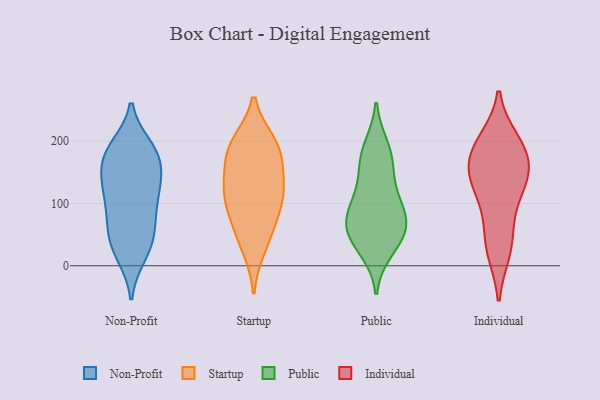
{"axis": {"x": "Conversion Rate (%)", "y": "Value"}, "legend": ["Individual", "Non-Profit", "Public", "Startup"], "data": [{"x": "", "y": 82, "type": "Non-Profit"}, {"x": "", "y": 16, "type": "Non-Profit"}, {"x": "", "y": 122, "type": "Non-Profit"}, {"x": "", "y": 190, "type": "Non-Profit"}, {"x": "", "y": 48, "type": "Non-Profit"}, {"x": "", "y": 74, "type": "Non-Profit"}, {"x": "", "y": 177, "type": "Non-Profit"}, {"x": "", "y": 122, "type": "Non-Profit"}, {"x": "", "y": 191, "type": "Non-Profit"}, {"x": "", "y": 172, "type": "Non-Profit"}, {"x": "", "y": 126, "type": "Non-Profit"}, {"x": "", "y": 113, "type": "Non-Profit"}, {"x": "", "y": 41, "type": "Non-Profit"}, {"x": "", "y": 162, "type": "Non-Profit"}, {"x": "", "y": 189, "type": "Non-Profit"}, {"x": "", "y": 157, "type": "Non-Profit"}, {"x": "", "y": 40, "type": "Non-Profit"}, {"x": "", "y": 137, "type": "Non-Profit"}, {"x": "", "y": 76, "type": "Non-Profit"}, {"x": "", "y": 16, "type": "Non-Profit"}, {"x": "", "y": 196, "type": "Startup"}, {"x": "", "y": 81, "type": "Startup"}, {"x": "", "y": 102, "type": "Startup"}, {"x": "", "y": 120, "type": "Startup"}, {"x": "", "y": 132, "type": "Startup"}, {"x": "", "y": 190, "type": "Startup"}, {"x": "", "y": 123, "type": "Startup"}, {"x": "", "y": 30, "type": "Startup"}, {"x": "", "y": 189, "type": "Startup"}, {"x": "", "y": 55, "type": "Startup"}, {"x": "", "y": 173, "type": "Startup"}, {"x": "", "y": 81, "type": "Public"}, {"x": "", "y": 111, "type": "Public"}, {"x": "", "y": 162, "type": "Public"}, {"x": "", "y": 105, "type": "Public"}, {"x": "", "y": 27, "type": "Public"}, {"x": "", "y": 57, "type": "Public"}, {"x": "", "y": 47, "type": "Public"}, {"x": "", "y": 172, "type": "Public"}, {"x": "", "y": 73, "type": "Public"}, {"x": "", "y": 54, "type": "Public"}, {"x": "", "y": 189, "type": "Public"}, {"x": "", "y": 145, "type": "Individual"}, {"x": "", "y": 104, "type": "Individual"}, {"x": "", "y": 133, "type": "Individual"}, {"x": "", "y": 200, "type": "Individual"}, {"x": "", "y": 185, "type": "Individual"}, {"x": "", "y": 63, "type": "Individual"}, {"x": "", "y": 28, "type": "Individual"}, {"x": "", "y": 196, "type": "Individual"}, {"x": "", "y": 151, "type": "Individual"}, {"x": "", "y": 139, "type": "Individual"}, {"x": "", "y": 24, "type": "Individual"}, {"x": "", "y": 177, "type": "Individual"}]}